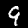
Digit: 9